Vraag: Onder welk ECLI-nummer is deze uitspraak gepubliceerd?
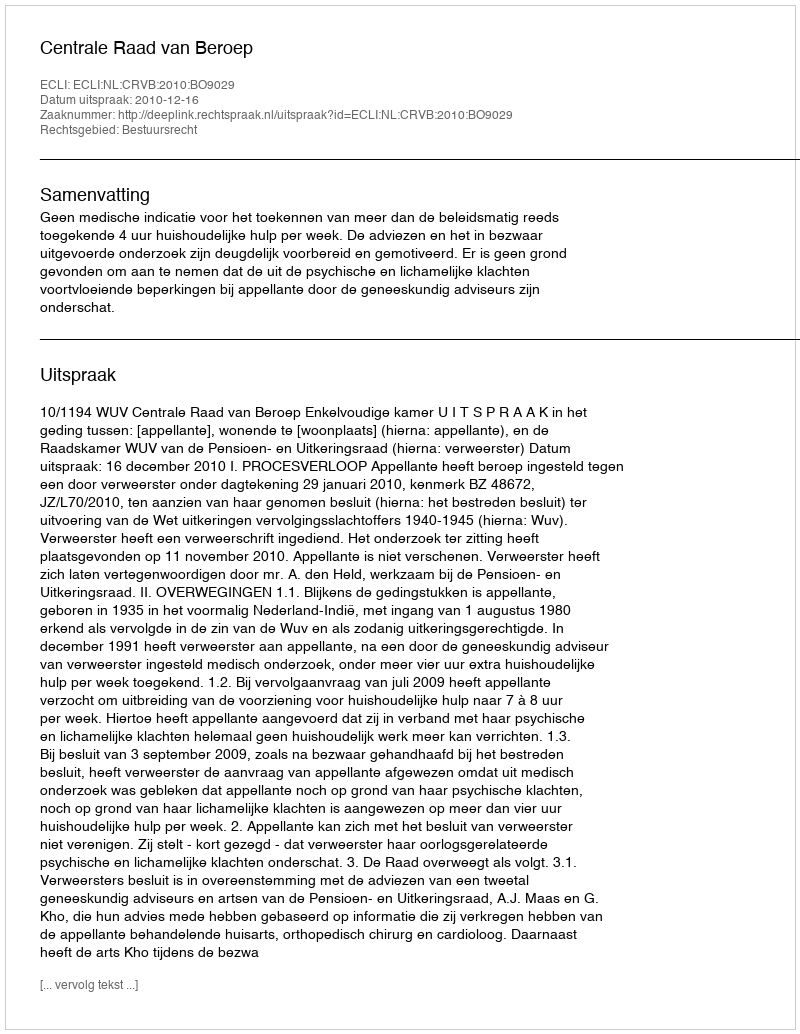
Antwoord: ECLI:NL:CRVB:2010:BO9029